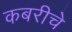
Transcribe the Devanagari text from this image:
कबरीचे